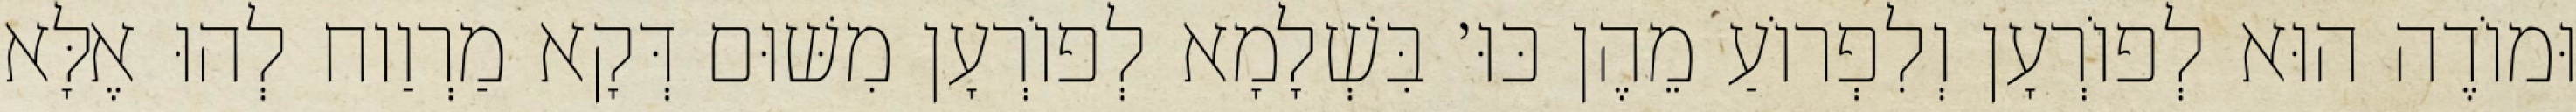
וּמוֹדֶה הוּא לְפוֹרְעָן וְלִפְרוֹעַ מֵהֶן כּוּ׳ בִּשְׁלָמָא לְפוֹרְעָן מִשּׁוּם דְּקָא מַרְוַוח לְהוּ אֶלָּא